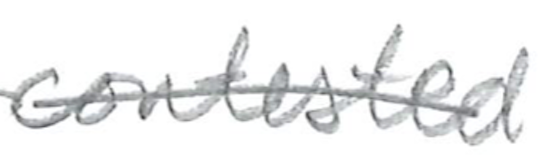
Text: contested
Cross-out: single-line
Writing tool: pencil